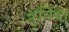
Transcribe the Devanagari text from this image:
श्रुतिंचा